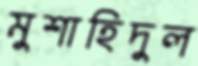
মুশাহিদুল